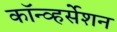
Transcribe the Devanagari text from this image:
कॉन्व्हर्सेशन